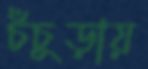
চঁচুড়ায়